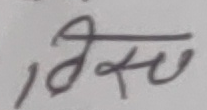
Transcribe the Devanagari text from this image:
विसु